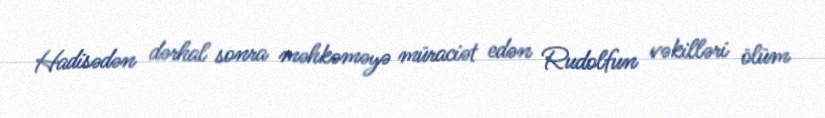
Hadisədən dərhal sonra məhkəməyə müraciət edən Rudolfun vəkilləri ölüm